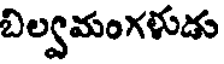
బిల్వమంగళుడు